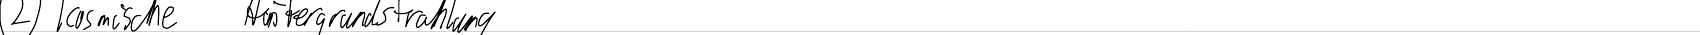
2.) kosmische Hintergrundstrahlung